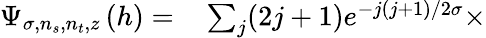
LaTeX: \begin{array}{rl}{\Psi_{\sigma,n_{s},n_{t},z}\left(h\right)=}&{{}\sum_{j}(2j+1)e^{-j(j+1)/2\sigma}\times}\end{array}